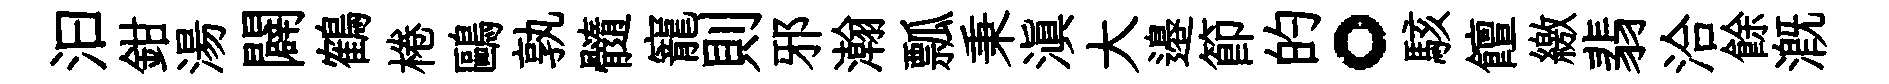
汩鉗湯闢鶴棬鷗孰髓寵則邪瀚瓢秉滇大邉節的。駭饘繳翡洽餘溉